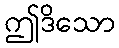
ဤဒိသော